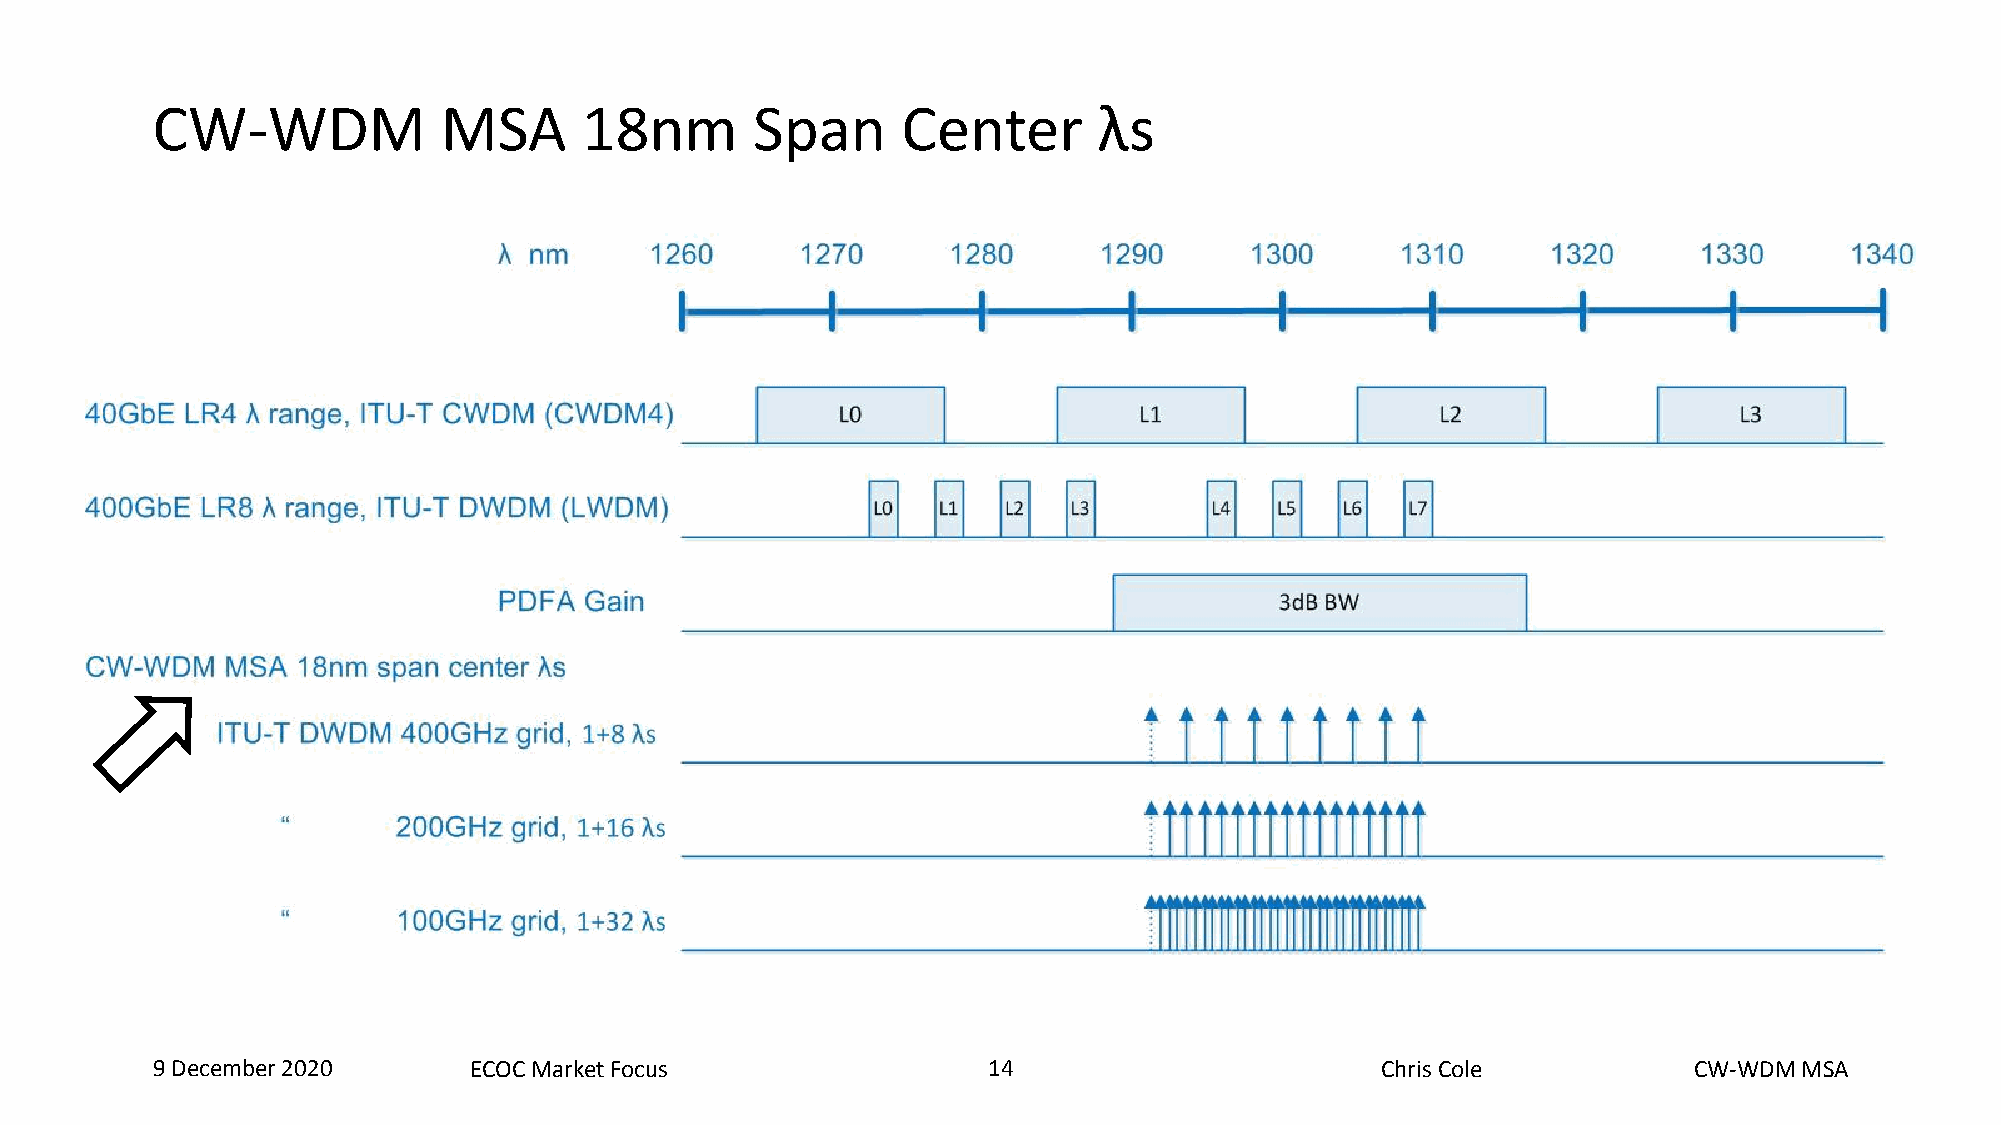
CW-WDM             MSA      18nm        Span      Center       λs
 9 December 2020      ECOC Market Focus                 14  14                    Chris Cole           CW-WDM MSA